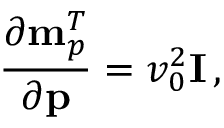
\frac { \partial { \bf m } _ { p } ^ { T } } { \partial { \bf p } } = v _ { 0 } ^ { 2 } { \bf I } \, ,